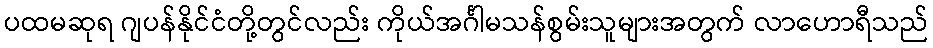
ပထမဆုရ ဂျပန်နိုင်ငံတို့တွင်လည်း ကိုယ်အင်္ဂါမသန်စွမ်းသူများအတွက် လာဟောရီသည်